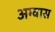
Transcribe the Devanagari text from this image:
अग्वास